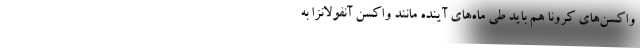
واکسن‌های کرونا هم باید طی ماه‌های آینده مانند واکسن آنفولانزا به